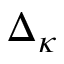
\Delta _ { \kappa }